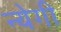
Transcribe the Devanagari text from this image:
न्येगी